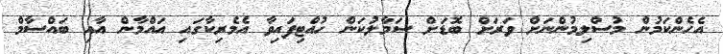
އެހެންކަމުން މުސްލިމުންނަށް ވަރަށް ބޮޑަށް ސަމާލުކަން ހުއްޓިފައިވާ އެމެރިކާގައި އައްމާން އާއި ބައްސާމް